Plague in India, 1896, 1897 - Volume 2
Year: 1896
Disease focus: Plague
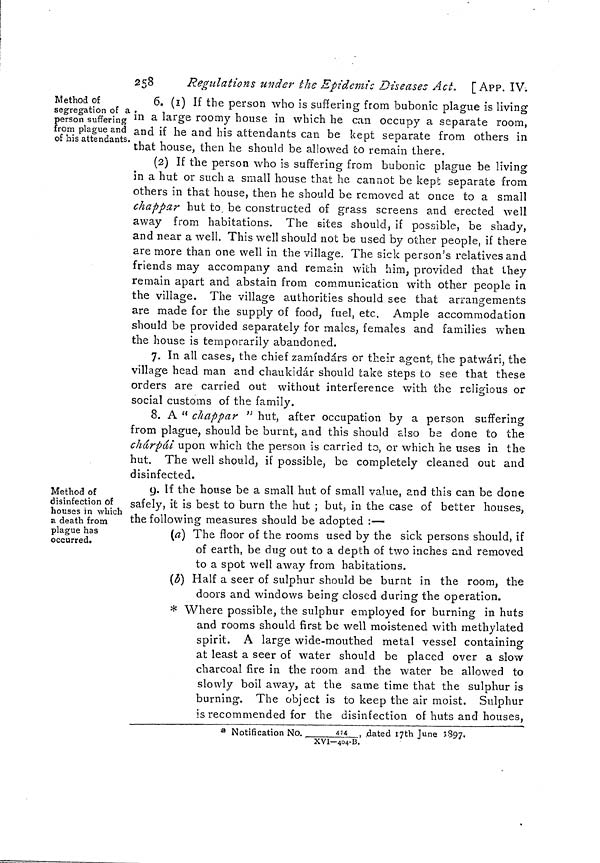
258
Regulations under the Epidemic Diseases Act. [ APP. IV.
Method of
segregation of a
person suffering
from plague and
of his attendants.
6. (1) If the person who is suffering from bubonic plague is living
in a large roomy house in which he can occupy a separate room,
and if he and his attendants can be kept separate from others in
that house, then he should be allowed to remain there.
(2) If the person who is suffering from bubonic plague be living
in a hut or such a small house that he cannot be kept separate from
others in that house, then he should be removed at once to a small
chappar hut to, be constructed of grass screens and erected well
away from habitations. The sites should, if possible, be shady,
and near a well. This well should not be used by other people, if there
are more than one well in the village. The sick person's relatives and
friends may accompany and remain with him, provided that they
remain apart and abstain from communication with other people in
the village. The village authorities should see that arrangements
are made for the supply of food, fuel, etc.. Ample accommodation
should be provided separately for males, females and families when
the house is temporarily abandoned.
7. In all cases, the chief zamíndárs or their agent, the patwári, the
village head man and chaukidár should take steps to see that these
orders are carried out without interference with the religious or
social customs of the family.
8. A " chappar " hut, after occupation by a person suffering
from plague, should be burnt, and this should also be done to the
chárpái upon which the person is carried to, or which he uses in the
hut. The well should, if possible, be completely cleaned out and
disinfected.
Method of
disinfection of
houses in which
a death from
plague has
occurred.
9. If the house be a small hut of small value, and this can be done
safely, it is best to burn the hut ; but, in the case of better houses,
the following measures should be adopted :—
(a] The floor of the rooms used by the sick persons should, if
of earth, be dug out to a depth of two inches and removed
to a spot well away from habitations.
(b) Half a seer of sulphur should be burnt in the room, the
doors and windows being closed during the operation.
* Where possible, the sulphur employed for burning in huts
and rooms should first be well moistened with methylated
spirit. A large wide-mouthed metal vessel containing
at least a seer of water should be placed over a slow
charcoal fire in the room and the water be allowed to
slowly boil away, at the same time that the sulphur is
burning. The object is to keep the air moist. Sulphur
is recommended for the disinfection of huts and houses,
* Notification No.
414_ , dated 17th June 3897.
XVI—404-B.